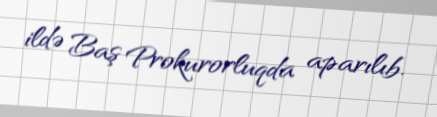
ildə Baş Prokurorluqda aparılıb.